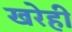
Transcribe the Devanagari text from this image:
खरेही